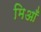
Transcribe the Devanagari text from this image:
मिआँ